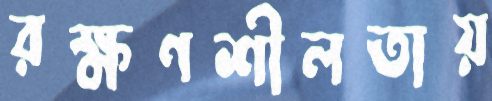
রক্ষণশীলতায়